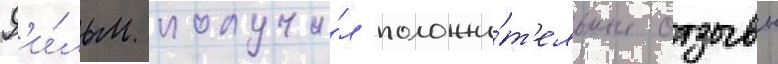
Ф'и́льм получи́л положи́т'ельные отзывы